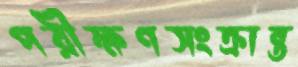
পরীক্ষণসংক্রান্ত